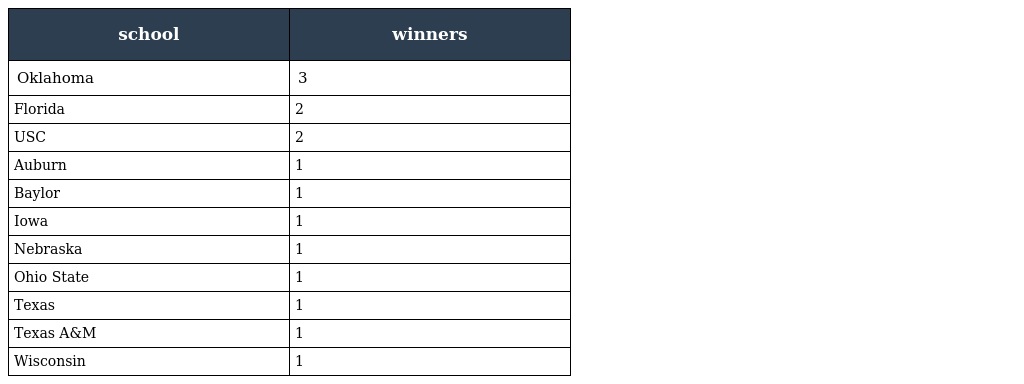
| school | winners |
 | --- | --- |
 | Oklahoma | 3 |
 | Florida | 2 |
 | USC | 2 |
 | Auburn | 1 |
 | Baylor | 1 |
 | Iowa | 1 |
 | Nebraska | 1 |
 | Ohio State | 1 |
 | Texas | 1 |
 | Texas A&M | 1 |
 | Wisconsin | 1 |